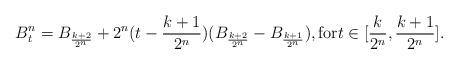
LaTeX: \begin{align*}B^n_t=B_{\frac{k+2}{2^n}}+2^n(t-\frac{k+1}{2^n})(B_{\frac{k+2}{2^n}}-B_{\frac{k+1}{2^n}}), \mbox{for}t\in [\frac{k}{2^n}, \frac{k+1}{2^n}].\end{align*}